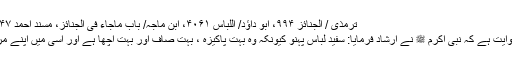
ترمذی / الجنائز ۹۹۴، ابو داؤد/ اللباس ۴۰۶۱، ابن ماجہ/ باب ماجاء فی الجنائز، مسند احمد ۱/۲۴۷، صحیح ابن حبان
حضرت سمرہ سے روایت ہے کہ نبی اکرم ﷺ نے ارشاد فرمایا: سفید لباس پہنو کیونکہ وہ بہت پاکیزہ ، بہت صاف اور بہت اچھا ہے اور اسی میں اپنے مردوں کو کفن دیا کرو۔